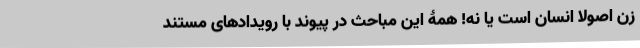
زن اصولا انسان است یا نه! همۀ این مباحث در پیوند با رویدادهای مستند